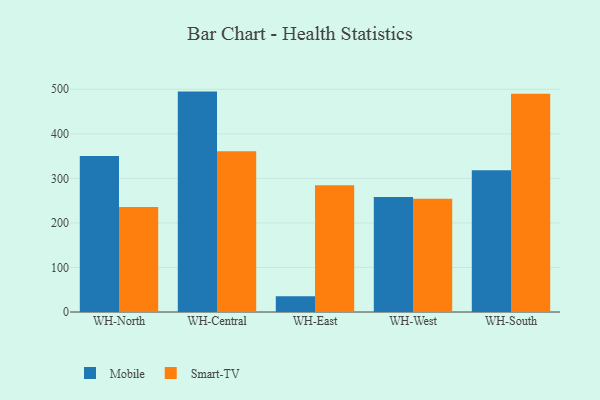
{"axis": {"x": "Warehouse", "y": "LTV (USD)"}, "legend": ["Mobile", "Smart-TV"], "data": [{"x": "WH-North", "y": 350.1, "type": "Mobile"}, {"x": "WH-North", "y": 235.9, "type": "Smart-TV"}, {"x": "WH-Central", "y": 494.8, "type": "Mobile"}, {"x": "WH-Central", "y": 361.1, "type": "Smart-TV"}, {"x": "WH-East", "y": 35.3, "type": "Mobile"}, {"x": "WH-East", "y": 284.3, "type": "Smart-TV"}, {"x": "WH-West", "y": 258.4, "type": "Mobile"}, {"x": "WH-West", "y": 254.5, "type": "Smart-TV"}, {"x": "WH-South", "y": 318.0, "type": "Mobile"}, {"x": "WH-South", "y": 489.8, "type": "Smart-TV"}]}